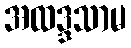
အထဒ္ဒသာမ